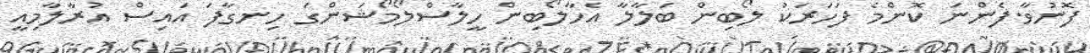
ފޮނުވާ.ފެންނަ ކޮންމެ ފަހަރަކު ލޯބިން ބަލާލާ އެހާލޯބިން ހީލާސްލޯމޯޝަންގަ ހިނގާފަ އައިސް އުރާލާމިއީ